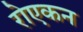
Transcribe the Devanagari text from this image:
रोएकन